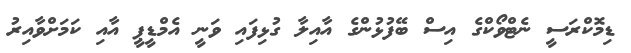
ޑިމޮކްރަސީ ނެޓްވޯކްގެ އިސް ބޭފުޅުންގެ އާއިލާ ގުޅިފައި ވަނީ އެމްޑީޕީ އާއި ކަމަށްވާއިރު